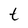
Character: t